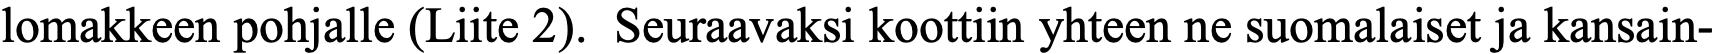
lomakkeen pohjalle (Liite 2). Seuraavaksi koottiin yhteen ne suomalaiset ja kansain-